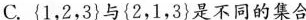
C.{1，2，3}与{2，1，3}是不同的集合